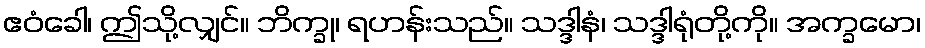
ဧဝံခေါ၊ ဤသို့လျှင်။ ဘိက္ခု၊ ရဟန်းသည်။ သဒ္ဒါနံ၊ သဒ္ဒါရုံတို့ကို။ အက္ခမော၊